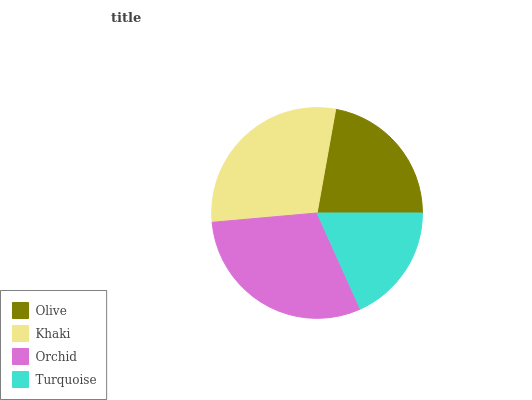
| Olive | Khaki | Orchid | Turquoise |
 | --- | --- | --- | --- |
 | 22.1% | 29.3% | 30.3% | 18.3% |